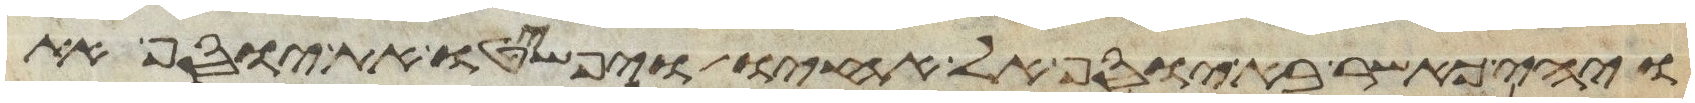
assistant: ויהי כאשר בא יוסף אל אחיו ויפשטו את יוסף את